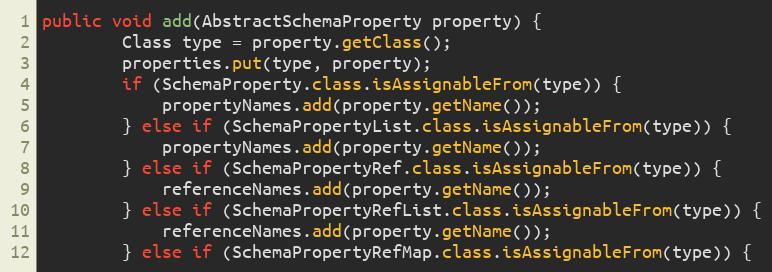
Language: Java
public void add(AbstractSchemaProperty property) {
        Class type = property.getClass();
        properties.put(type, property);
        if (SchemaProperty.class.isAssignableFrom(type)) {
            propertyNames.add(property.getName());
        } else if (SchemaPropertyList.class.isAssignableFrom(type)) {
            propertyNames.add(property.getName());
        } else if (SchemaPropertyRef.class.isAssignableFrom(type)) {
            referenceNames.add(property.getName());
        } else if (SchemaPropertyRefList.class.isAssignableFrom(type)) {
            referenceNames.add(property.getName());
        } else if (SchemaPropertyRefMap.class.isAssignableFrom(type)) {